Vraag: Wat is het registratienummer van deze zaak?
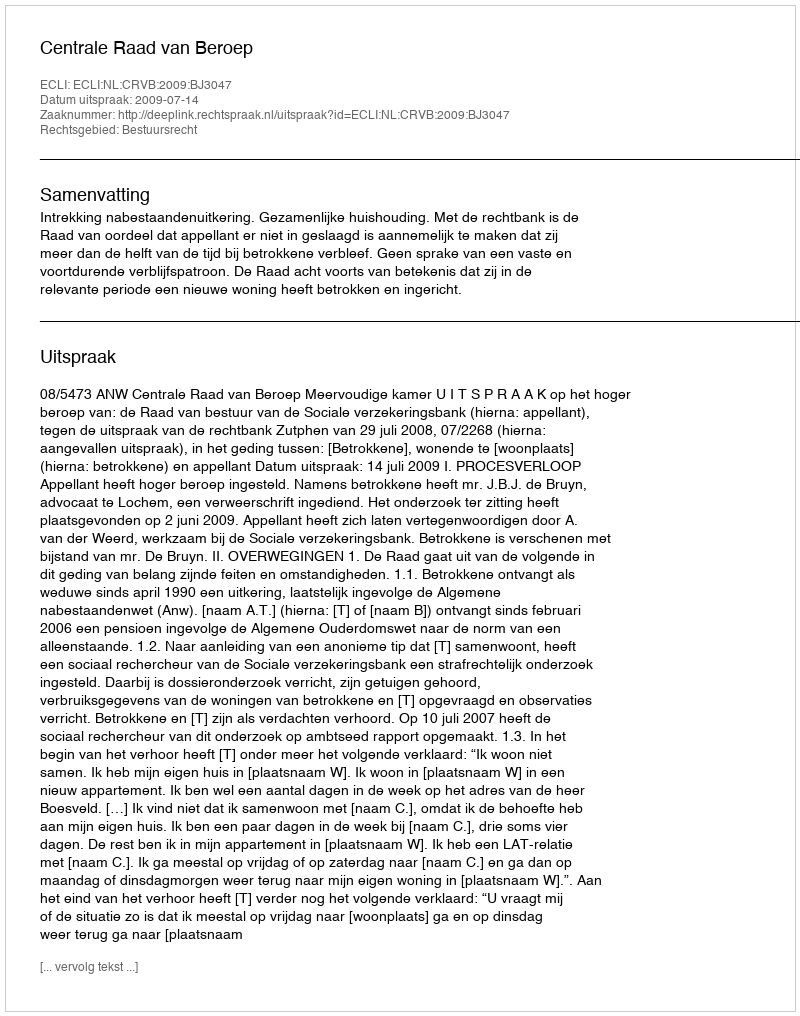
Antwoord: http://deeplink.rechtspraak.nl/uitspraak?id=ECLI:NL:CRVB:2009:BJ3047